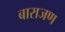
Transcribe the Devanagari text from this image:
बाराजण